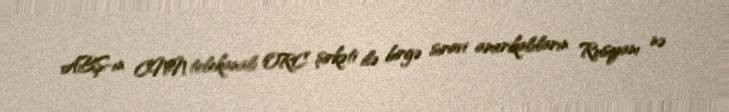
ABŞ-ın CNN telekanalı ORC şirkəti ilə birgə sıravi amerikalıların Rusiyanı nə